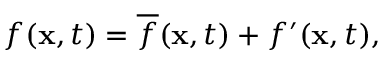
f ( \mathbf { x } , t ) = \overline { { f } } ( \mathbf { x } , t ) + f ^ { \prime } ( \mathbf { x } , t ) ,